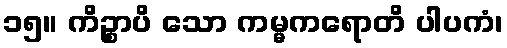
၁၅။ ကိဉ္စာပိ သော ကမ္မကရောတိ ပါပကံ၊